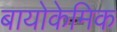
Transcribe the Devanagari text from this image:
बायोकेमिक